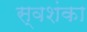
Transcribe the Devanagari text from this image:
स्वशंका